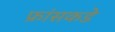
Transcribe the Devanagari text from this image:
फ्रांसकडे